Leaving Certificate Examination, 1916
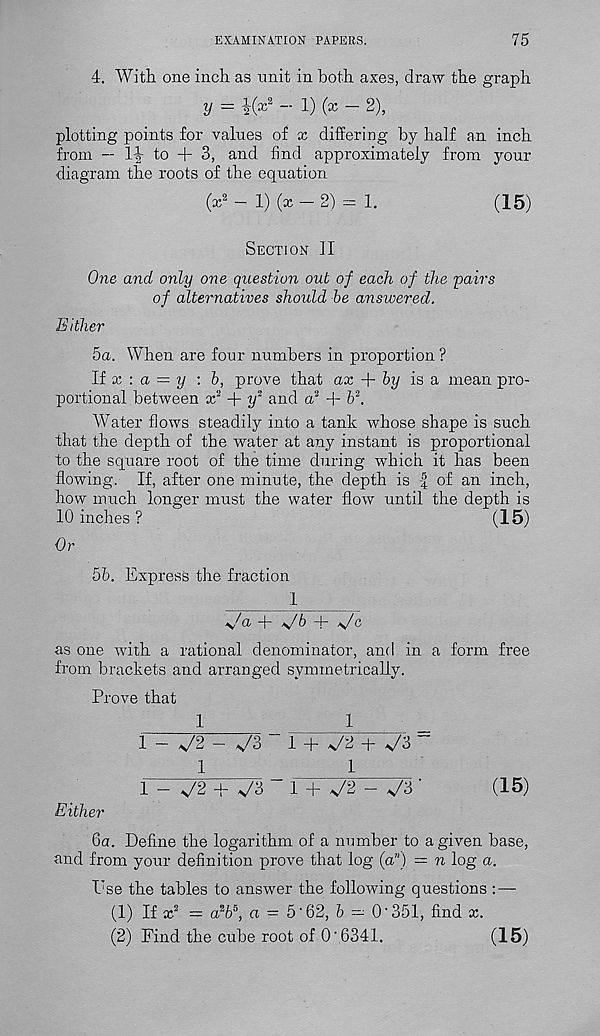
EXAMINATION PAPERS.
75
4. With one inch as unit in both axes, draw the graph
y = 4( x
2 - 1) (x - 2),
plotting points for values of x differing by half an inch
from — 1-|- to + 3, and find approximately from your
diagram the roots of the equation
(x 8 - 1) (x-2) = 1.
(15)
Section II
One and only one qiLestion out of each of the 'pairs
of alternatives should be answered.
Either
5a. When are four numbers in proportion ?
If x : a = y : b, prove that ax -f- by is a mean pro-
portional between x 2 + i/ 2 and a 2 + b 2 .
Water flows steadily into a tank whose shape is such
that the depth of the water at any instant is proportional
to the square root of the time during which it has been
flowing. If, after one minute, the depth is -f of an inch,
how much longer must the water flow until the depth is
10 inches ?
(15)
Or
5b. Express the fraction
1
\^a -}-
b -j-
c
as one with a rational denominator, and in a form free
from brackets and arranged symmetrically.
Prove that
1
1
1 - v/2 - v/3
1 + x/2 + v/3 ~
1
1
1 - V2 + x/3
1 + V2 - x/3 '
(15)
Either
6a. Define the logarithm of a number to a given base,
find from your definition prove that log (a”) = n log a.
Dse the tables to answer the following questions
(1) If x 2 = a 2 6 5 , a = 5'62, 6 — O'351, find x.
(2) Find the cube root of O'6341.
(15)